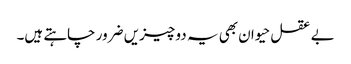
بے عقل حیوان بھی یہ دو چیزیں ضرور چاہتے ہیں۔